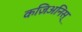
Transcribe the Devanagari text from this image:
कज़िअनिस्